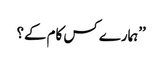
’’ہمارے کس کام کے؟